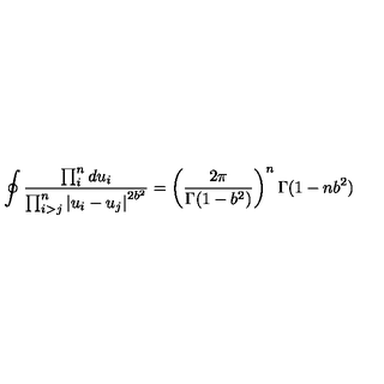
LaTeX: \oint \frac { \prod _ { i } ^ { n } d u _ { i } } { \prod _ { i > j } ^ { n } \left| u _ { i } - u _ { j } \right| ^ { 2 b ^ { 2 } } } = \left( \frac { 2 \pi } { \Gamma ( 1 - b ^ { 2 } ) } \right) ^ { n } \Gamma ( 1 - n b ^ { 2 } )